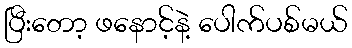
ပြီးတော့ ဖနောင့်နဲ့ ပေါက်ပစ်မယ်